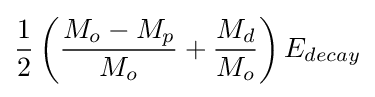
{\frac {1}{2}}\left({\frac {M_{o}-M_{p}}{M_{o}}}+{\frac {M_{d}}{M_{o}}}\right)E_{decay}